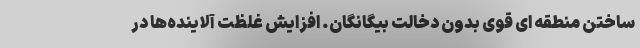
ساختن منطقه ای قوی بدون دخالت بیگانگان. افزایش غلظت آلاینده‌ها در